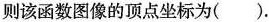
则该函数图像的顶点坐标为().